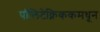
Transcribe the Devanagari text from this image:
पॉलिटेक्निककमधून